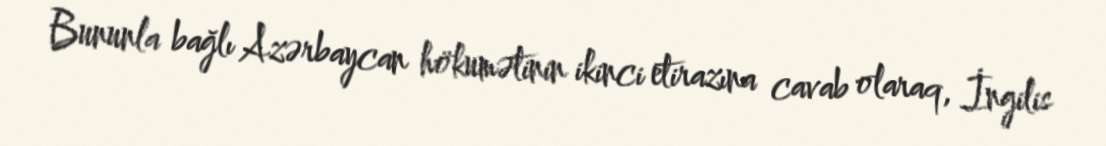
Bununla bağlı Azərbaycan hökumətinin ikinci etirazına cavab olaraq, İngilis